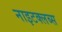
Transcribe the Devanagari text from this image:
नाइटक्लब्स